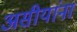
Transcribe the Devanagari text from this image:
असीयांना